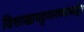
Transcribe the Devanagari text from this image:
विशाखापट्टणमच्याबाहेर